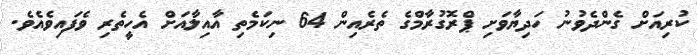
ކުރިއަށް ގެންދެވުނު ހަދިޔާވަށި ޕްރޮގުރާމްގެ ތެރެއިން 64 ނިކަމެތި އާއިލާއަށް އެހީތެރި ވެފައިވެއެވެ.